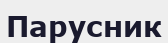
Парусник